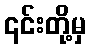
၎င်းတို့မှ